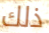
ذلك